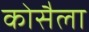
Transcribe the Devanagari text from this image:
कोसैला